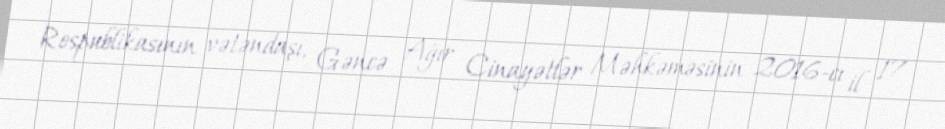
Respublikasının vətəndaşı, Gəncə Ağır Cinayətlər Məhkəməsinin 2016-cı il 17